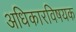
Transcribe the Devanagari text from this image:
अधिकारविषयक